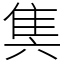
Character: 䧶